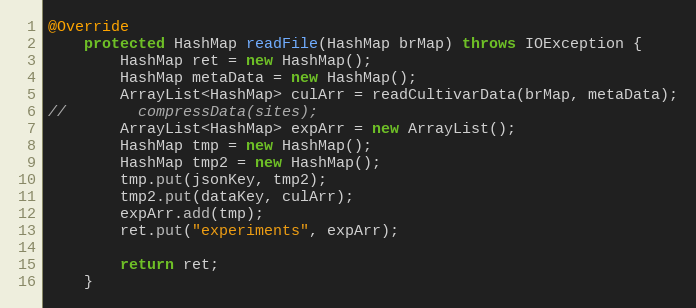
Language: Java
@Override
    protected HashMap readFile(HashMap brMap) throws IOException {
        HashMap ret = new HashMap();
        HashMap metaData = new HashMap();
        ArrayList<HashMap> culArr = readCultivarData(brMap, metaData);
//        compressData(sites);
        ArrayList<HashMap> expArr = new ArrayList();
        HashMap tmp = new HashMap();
        HashMap tmp2 = new HashMap();
        tmp.put(jsonKey, tmp2);
        tmp2.put(dataKey, culArr);
        expArr.add(tmp);
        ret.put("experiments", expArr);

        return ret;
    }